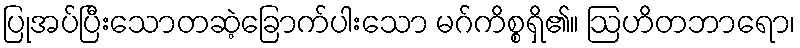
ပြုအပ်ပြီးသောတဆဲ့ခြောက်ပါးသော မဂ်ကိစ္စရှိ၏။ ဩဟိတဘာရော၊